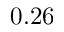
0 . 2 6